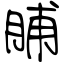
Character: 脯